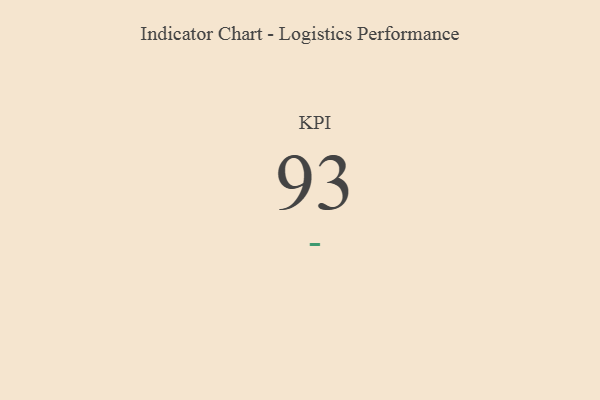
{"axis": {"x": "KPI", "y": "Value"}, "legend": [""], "data": [{"x": "KPI", "y": 93, "type": ""}]}